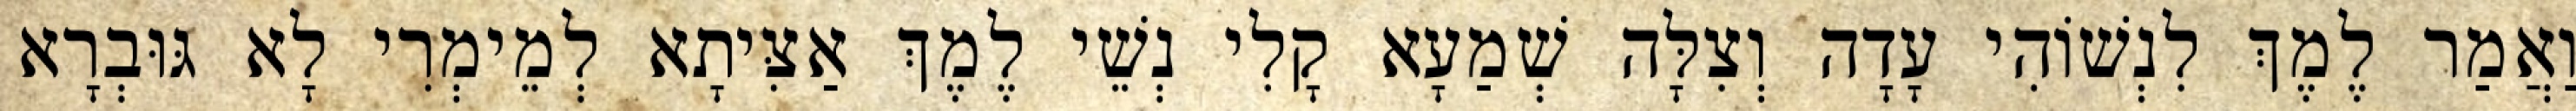
וַאֲמַר לֶמֶךְ לִנְשׁוֹהִי עָדָה וְצִלָּה שְׁמַעָא קָלִי נְשֵׁי לֶמֶךְ אַצִּיתָא לְמֵימְרִי לָא גּוּבְרָא